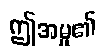
ဤအမှု၏